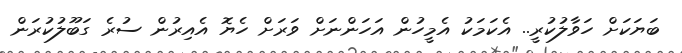
ބަޔަކަށް ހަވާލުކުރީ.. އެކަމަކު އެމީހުން އަހަންނަށް ވަރަށް ހެޔޮ އެއިރުން ސުރެ ގަބޫލުކުރަން